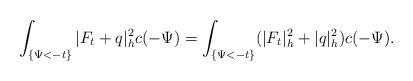
LaTeX: \begin{align*}\int_{\{\Psi<-t\}}|F_t+q|^2_hc(-\Psi)=\int_{\{\Psi<-t\}}(|F_t|^2_h+|q|^2_h)c(-\Psi).\end{align*}